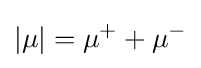
|\mu |=\mu ^{+}+\mu ^{-}